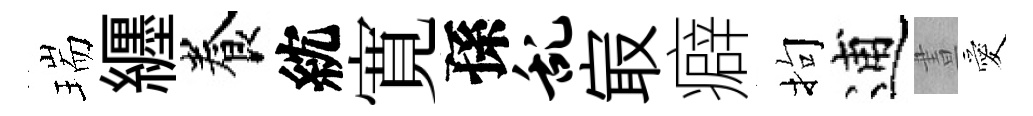
瑞纒養紞寛孫乱㝡癖拘逋晝愛